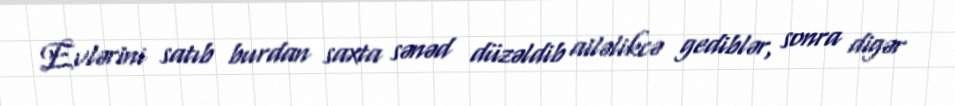
Evlərini satıb burdan saxta sənəd düzəldib ailəlikcə gediblər, sonra digər